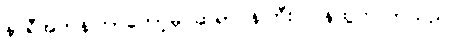
နာရီအတန်ကြာတော့မှ ဆရာဝန်ကြီး ပြန်ထွက်လာသည်။